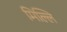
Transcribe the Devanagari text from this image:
मिल्लि